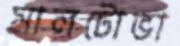
মালটোভা